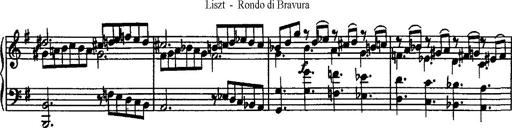
Title: Rondo di bravura
Composer: Franz Liszt